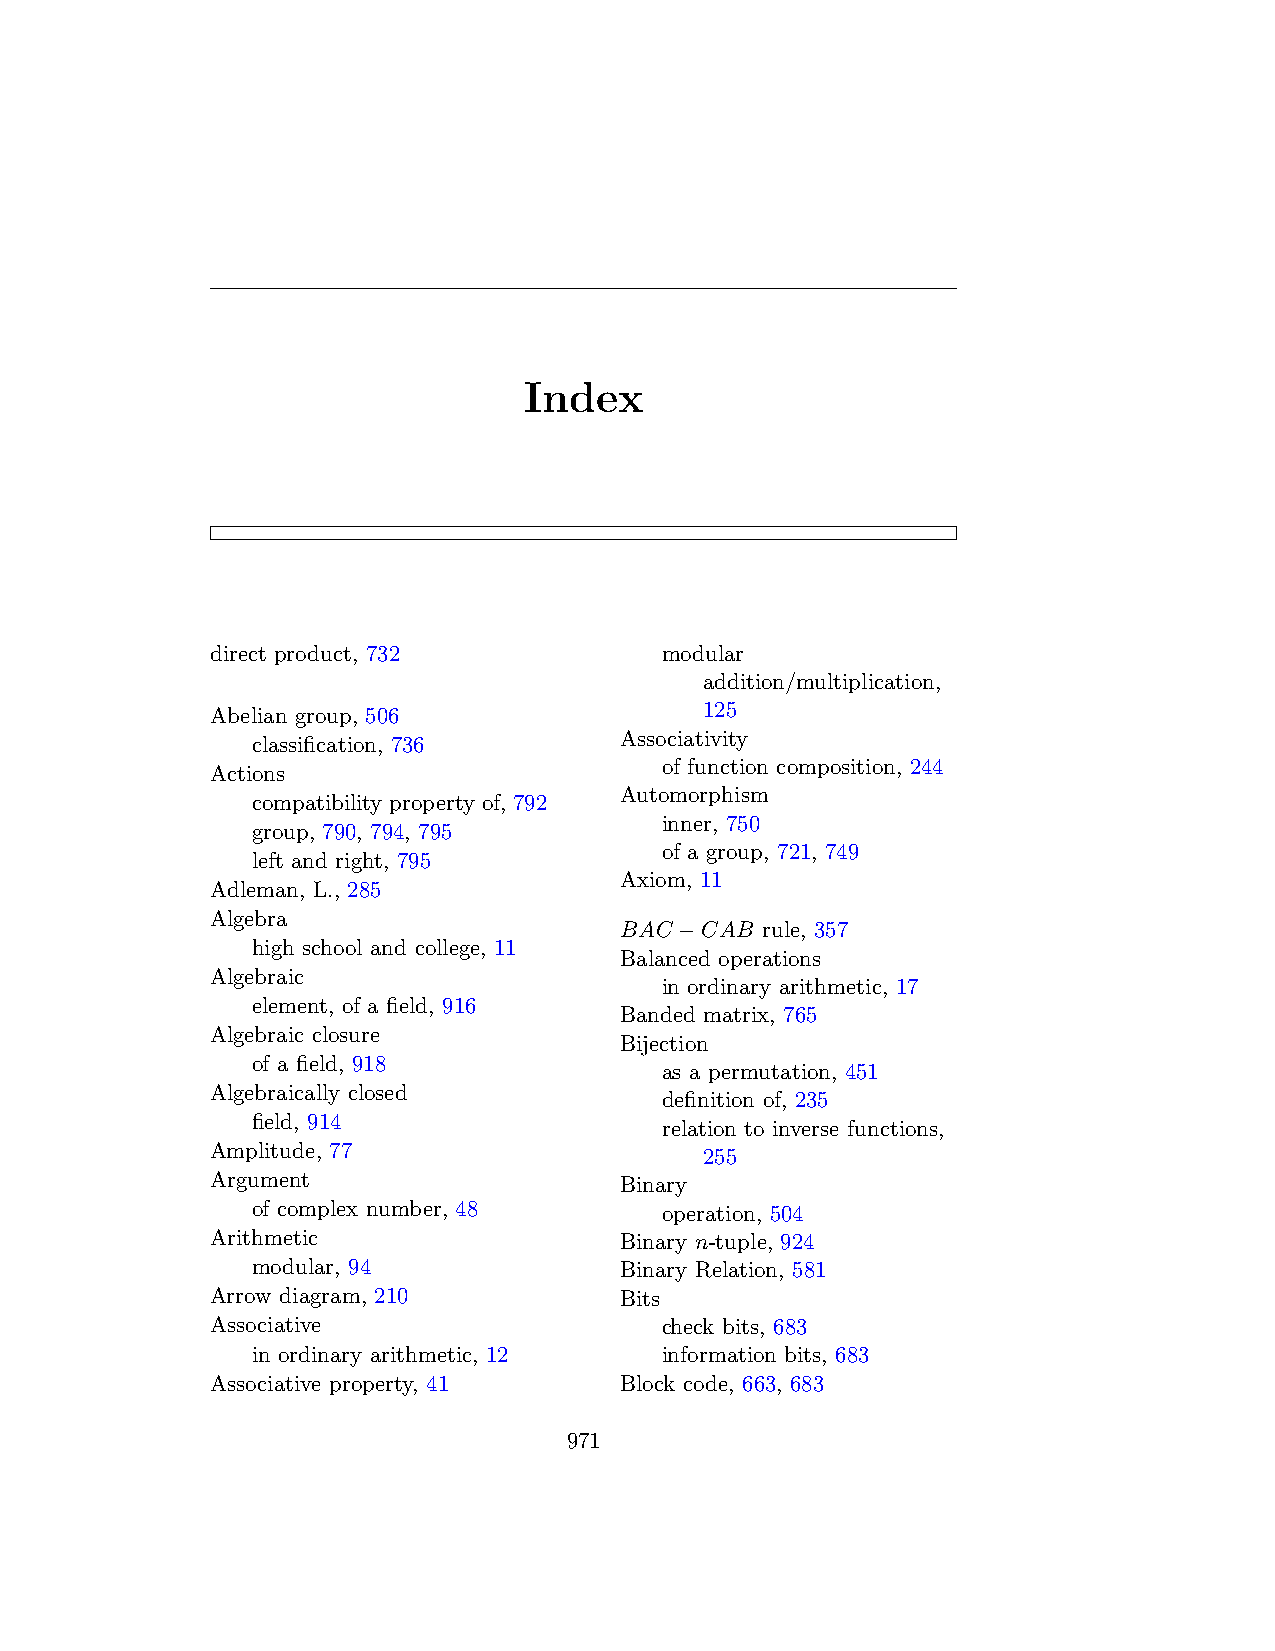
Index
 direct product, 732           modular
 addition/multiplication,
 Abelian group, 506               125
 Associativity
 classification, 736
 of function composition, 244
 Actions
 Automorphism
 compatibility property of, 792
 inner, 750
 group, 790, 794, 795
 of a group, 721, 749
 left and right, 795
 Axiom, 11
 Adleman, L., 285
 Algebra
 BAC −CAB rule, 357
 high school and college, 11
 Balanced operations
 Algebraic
 in ordinary arithmetic, 17
 element, of a field, 916
 Banded matrix, 765
 Algebraic closure
 Bijection
 of a field, 918
 as a permutation, 451
 Algebraically closed
 definition of, 235
 field, 914
 relation to inverse functions,
 Amplitude, 77                    255
 Argument                   Binary
 of complex number, 48      operation, 504
 Arithmetic                 Binary n-tuple, 924
 modular, 94             Binary Relation, 581
 Arrow diagram, 210         Bits
 Associative                   check bits, 683
 in ordinary arithmetic, 12 information bits, 683
 Associative property, 41   Block code, 663, 683
 971